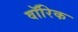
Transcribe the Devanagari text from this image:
वॉरिक